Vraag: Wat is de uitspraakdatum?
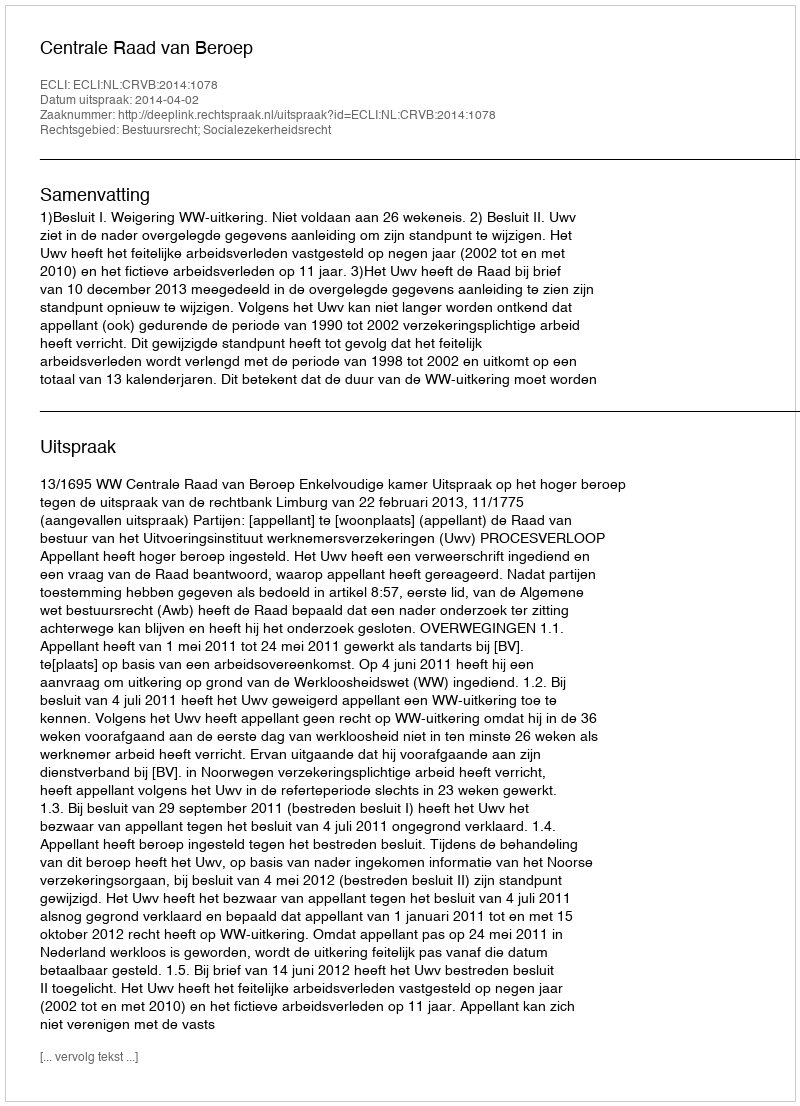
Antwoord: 2014-04-02